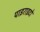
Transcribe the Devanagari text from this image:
पाइराइटों